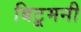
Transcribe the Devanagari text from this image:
बिटूमनी